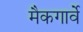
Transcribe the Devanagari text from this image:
मैकगार्वे